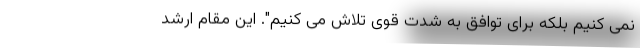
نمی کنیم بلکه برای توافق به شدت قوی تلاش می کنیم". این مقام ارشد